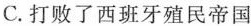
C.打败了西班牙殖民帝国